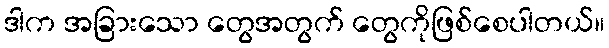
ဒါက အခြားသော တွေအတွက် တွေကိုဖြစ်စေပါတယ်။